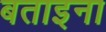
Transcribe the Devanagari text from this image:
बताइना